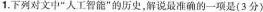
1.下列对文中”人工智能”的历史，解说最准确的一项是(3分)